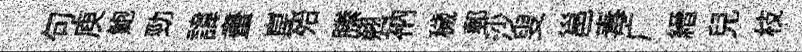
句庾鮑勁諱畫崑殆縢翹衲穢郵沙叟邕毒广縉兒枝